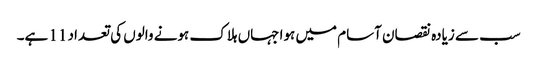
سب سے زیادہ نقصان آسام میں ہوا جہاں ہلاک ہونے والوں کی تعداد 11 ہے۔